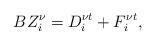
LaTeX: \begin{align*} BZ^{\nu}_i=D^{\nu t}_i+F_i^{\nu t},\end{align*}